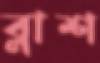
ব্লাশ